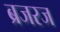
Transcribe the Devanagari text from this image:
ब्रजरज